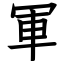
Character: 軍